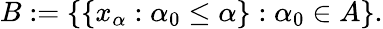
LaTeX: B:=\{ \{ x_{\alpha}:\alpha_{0}\leq\alpha\} :\alpha_{0}\in A\} .